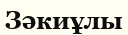
Зәкиұлы